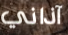
آذاني